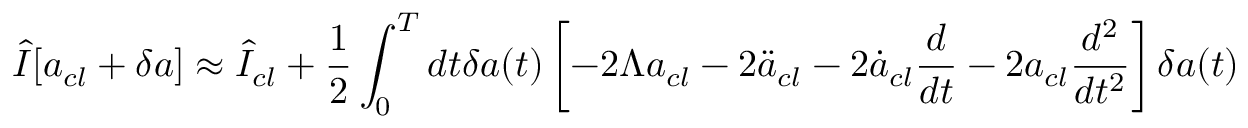
\hat { I } [ a _ { c l } + \delta a ] \approx \hat { I } _ { c l } + \frac { 1 } { 2 } \int _ { 0 } ^ { T } d t \delta a ( t ) \left[ - 2 \Lambda a _ { c l } - 2 \ddot { a } _ { c l } - 2 \dot { a } _ { c l } \frac { d } { d t } - 2 a _ { c l } \frac { d ^ { 2 } } { d t ^ { 2 } } \right] \delta a ( t )